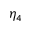
\eta _ { 4 }